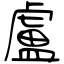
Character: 盧